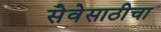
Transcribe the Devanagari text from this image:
सेवेसाठीचा